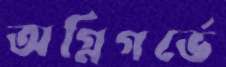
অগ্নিগর্ভে